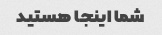
شما اینجا هستید